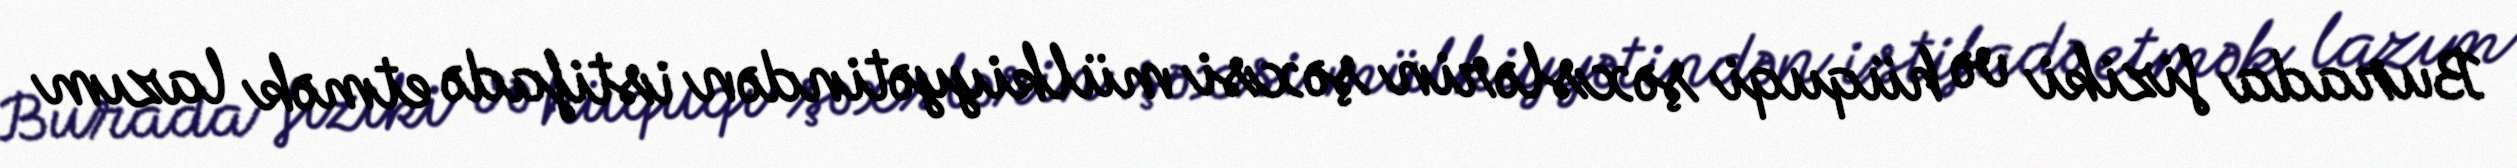
Burada fiziki və hüquqi şəxslərin şəxsi mülkiyyətindən istifadə etmək lazım